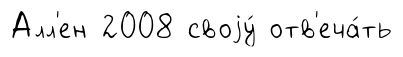
Алл'ен 2008 своjу́ отв'еча́ть